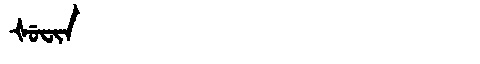
Manchu: ᡧᡠᠸᡳᠨ
Romanization: ŠUFIN